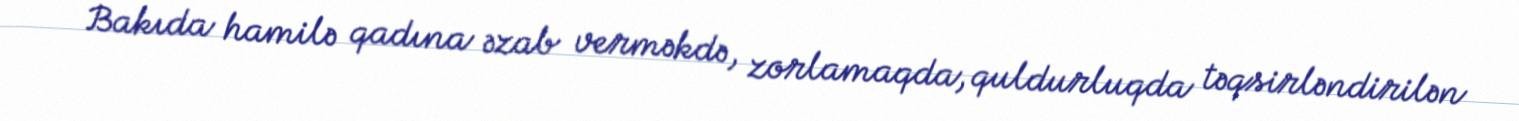
Bakıda hamilə qadına əzab verməkdə, zorlamaqda, quldurluqda təqsirləndirilən